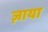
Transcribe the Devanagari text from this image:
ज़ाया